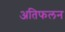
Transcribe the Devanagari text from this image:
अतिफलन